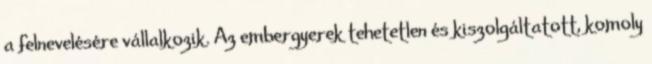
a felnevelésére vállalkozik. Az embergyerek tehetetlen és kiszolgáltatott, komoly